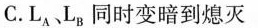
C.L_{A}L_{B}同时变暗到熄灭